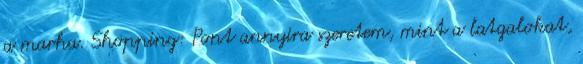
a marha. Shopping: Pont annyira szeretem, mint a latgalokat,